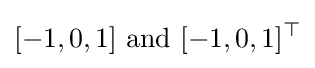
[-1,0,1]{\text{ and }}[-1,0,1]^{\top }